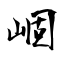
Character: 崓